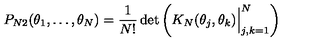
P _ { N 2 } ( \theta _ { 1 } , \ldots , \theta _ { N } ) = { \frac { 1 } { N ! } } \det \left( K _ { N } ( \theta _ { j } , \theta _ { k } ) \Bigr \vert _ { j , k = 1 } ^ { N } \right)